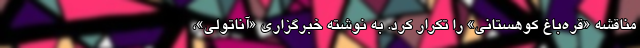
مناقشه «قره‌باغ کوهستانی» را تکرار کرد. به نوشته خبرگزاری «آناتولی»،